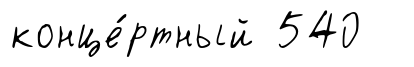
конце́ртный 540